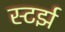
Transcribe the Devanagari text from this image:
स्टर्झ